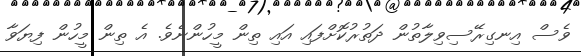
ވެސް އިނގިރޭސިވިލާތުން ދަތުރުކޮށްފައި އައި ތިން މީހުންނެވެ. އެ ތިން މީހުން ފިޔަވާ